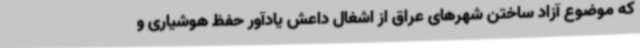
که موضوع آزاد ساختن شهرهای عراق از اشغال داعش یادآور حفظ هوشیاری و